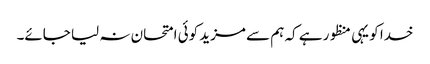
خدا کو یہی منظور ہے کہ ہم سے مزید کوئی امتحان نہ لیا جائے۔